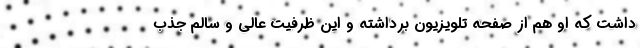
داشت که او هم از صفحه تلویزیون برداشته و این ظرفیت عالی و سالم جذب